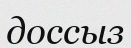
доссыз